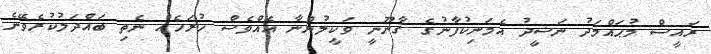
ރައީސް މުޙައްމަދު ނަޝީދު އެމަނިކުފާނުގެ ޤާނޫނީ ވަކީލުންނާ އެއްވެސް ހުރަހެއް ނެތި ބައްދަލުކުރެވޭނެ